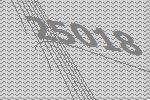
25018